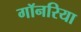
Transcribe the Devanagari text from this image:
गॉनरिया